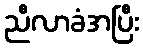
ညီလာခံအပြီး